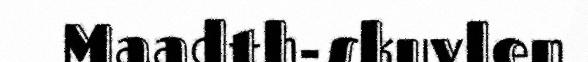
Maadth-skuvlen